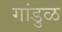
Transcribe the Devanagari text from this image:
गांडुळ